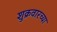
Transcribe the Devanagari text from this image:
शुक्रवारच्या